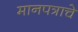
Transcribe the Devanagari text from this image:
मानपत्राचे